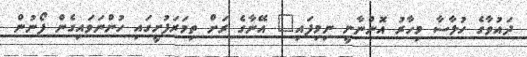
ދައުވާގެ ހުލާސާ މިހާރު އޮންނާނީ ނިމިފައި" އޭނާގެ ރަށް ތިމަރަފުށީގައި ހުންނަވައިގެން ފޯނުން